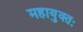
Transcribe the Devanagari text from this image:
महायुक्तः